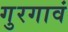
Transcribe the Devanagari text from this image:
गुरगावं